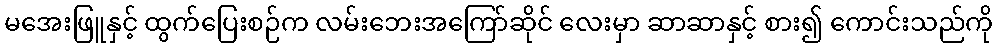
မအေးဖြူနှင့် ထွက်ပြေးစဉ်က လမ်းဘေးအကြော်ဆိုင် လေးမှာ ဆာဆာနှင့် စား၍ ကောင်းသည်ကို